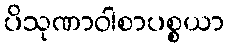
ပိသုဏာဝါစာပစ္စယာ